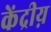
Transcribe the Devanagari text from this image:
केंद्रीय़